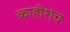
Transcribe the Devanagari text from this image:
काहीशेच